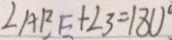
\angle A R E + \angle 3 = 1 8 0 ^ { \circ }